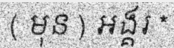
( មុន ) អង្គរ *